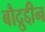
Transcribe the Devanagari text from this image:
बौद्रुद्दीन